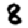
Digit: 8